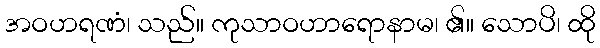
အဝဟရဏံ၊ သည်။ ကုသာဝဟာရောနာမ၊ ၏။ သောပိ၊ ထို